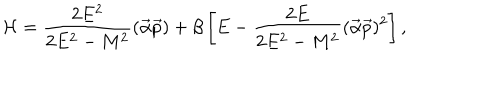
{ \cal H } = \frac { 2 E ^ { 2 } } { 2 E ^ { 2 } - M ^ { 2 } } ( \vec { \alpha } \vec { p } ) + \beta \left[ E - \frac { 2 E } { 2 E ^ { 2 } - M ^ { 2 } } ( \vec { \alpha } \vec { p } ) ^ { 2 } \right] ,